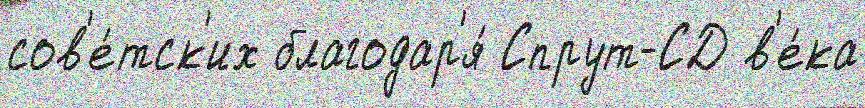
сов'е́тск'их благодар'я́ Спрут-СД в'е́ка